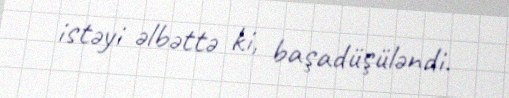
istəyi əlbəttə ki, başadüşüləndi.